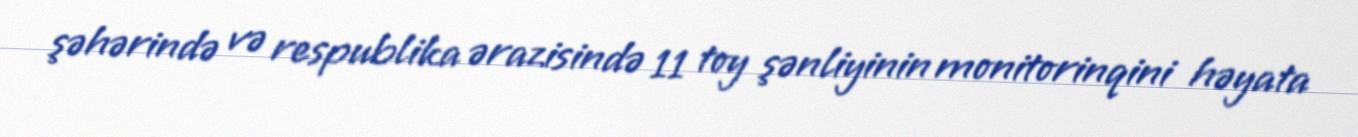
şəhərində və respublika ərazisində 11 toy şənliyinin monitorinqini həyata